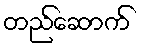
တည်ဆောက်